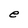
Character: e